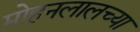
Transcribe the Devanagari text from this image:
मोहनलालच्या